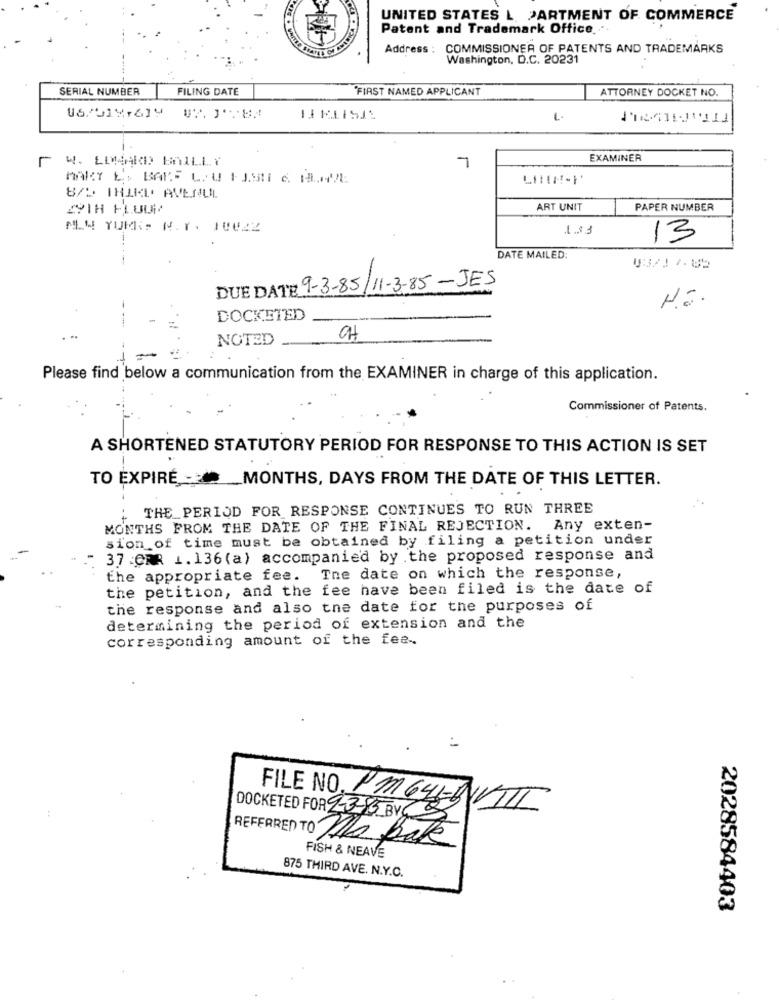
UNITED STATES L. PARTMENT OF COMMERCE
Patent and Trademark Office ...
Address : COMMISSIONER OF PATENTS AND TRADEMARKS
Washington, D.C. 20231
SERIAL NUMBER
FILING DATE
FIRST NAMED APPLICANT
ATTORNEY DOCKET NO.
06/2019,619
W. EDWARD BAILLY
7
EXAMINER
8/5 THIKL' AVENUL
ART UNIT
PAPER NUMBER
MIN YUMis N.Y. 10VAZ
1.33
13
DATE MAILED:
DUE DATE 9-3-85/11-3-85 -JES
DOCKETED
NOTED
Please find below a communication from the EXAMINER in charge of this application.
Commissioner of Patents.
A SHORTENED STATUTORY PERIOD FOR RESPONSE TO THIS ACTION IS SET
TO EXPIRE ___ MONTHS, DAYS FROM THE DATE OF THIS LETTER.
THE_PERIOD FOR RESPONSE CONTINUES TO RUN THREE
+
MONTHS FROM THE DATE OF THE FINAL REJECTION. Any exten-
sion of time must be obtained by filing a petition under
37 CFR 1. 136 (a) accompanied by the proposed response and
the appropriate fee.
The date on which the response,
the petition, and the fee have been filed is the date of
the response and also the date for the purposes of
determining the period of extension and the
corresponding amount of the fee -.
FILE NO. PM645-BVIII
DOCKETED FOR 2-3-55 BYG
REFERRED TO Ma Bat
FISH & NEAVE
875 THIRD AVE. N.Y.C.
2028584403